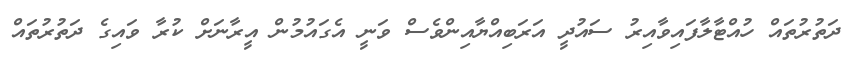
ދަތުރުތައް ހުއްޓާލާފައިވާއިރު ސައުދީ އަރަބިއްޔާއިންވެސް ވަނީ އެގައުމުން އީރާނަށް ކުރާ ވައިގެ ދަތުރުތައް